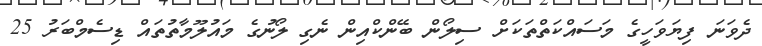
ދެވަނަ ފިޔަވަހީގެ މަސައްކަތްތަކަށް ސިލޯން ބޭންކްއިން ނެގި ލޯނުގެ މައުލޫމާތުތައް ޑިސެމްބަރު 25